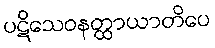
ပဋိသေဝနတ္ထာယာတိပေ